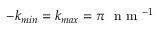
- k _ { m i n } = k _ { m a x } = \pi ~ \mathrm { ~ n ~ m ~ } ^ { - 1 }